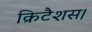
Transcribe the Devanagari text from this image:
क्रिटैशस।